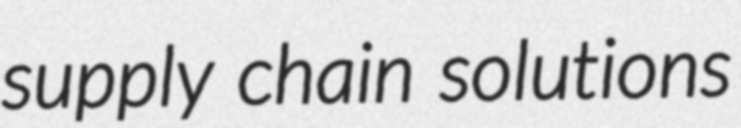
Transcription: supply chain solutions